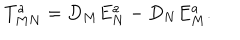
LaTeX: T _ { M N } ^ { a } = D _ { M } E _ { N } ^ { a } - D _ { N } E _ { M } ^ { a } .